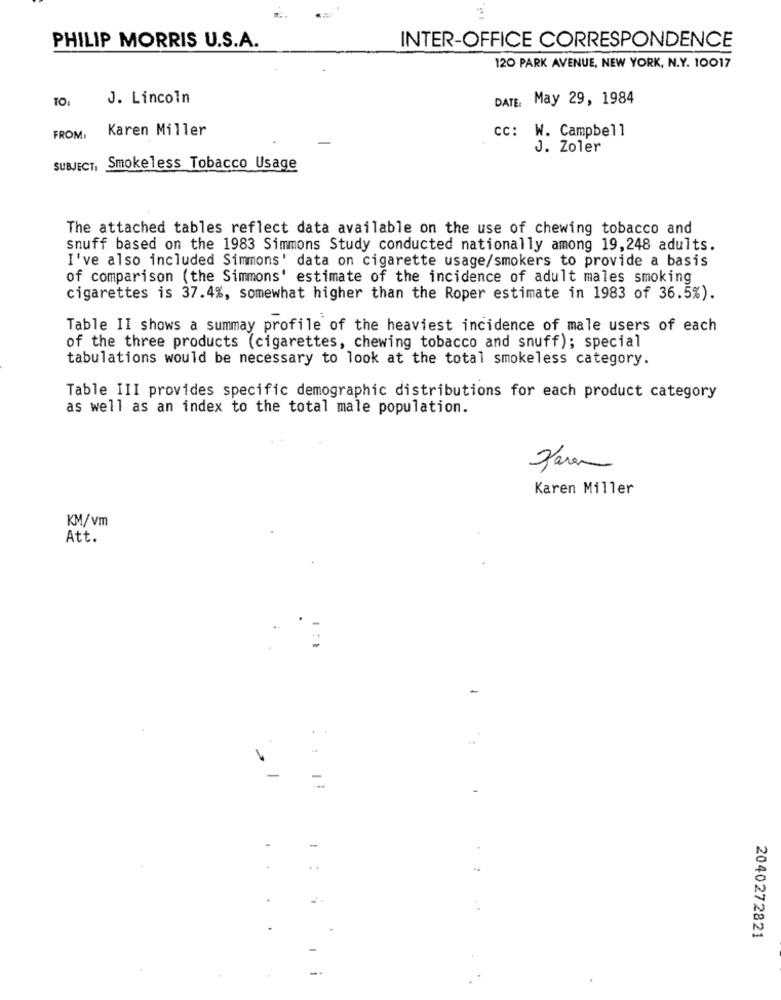
PHILIP MORRIS U.S.A.
INTER-OFFICE CORRESPONDENCE
120 PARK AVENUE, NEW YORK, N.Y. 10017
TO:
J. Lincoln
DATE: May 29, 1984
Karen Miller
FROM:
cc: W. Campbell
J. Zoler
SUBJECT, Smokeless Tobacco Usage
The attached tables reflect data available on the use of chewing tobacco and
snuff based on the 1983 Simmons Study conducted nationally among 19,248 adults.
I've also included Simmons' data on cigarette usage/smokers to provide a basis
of comparison (the Simmons' estimate of the incidence of adult males smoking
cigarettes is 37.4%, somewhat higher than the Roper estimate in 1983 of 36.5%).
Table II shows a summay profile of the heaviest incidence of male users of each
of the three products (cigarettes, chewing tobacco and snuff); special
tabulations would be necessary to look at the total smokeless category.
Table III provides specific demographic distributions for each product category
as well as an index to the total male population.
Karen Miller
KM/vm
Att.
-
-
1 :
2040272821